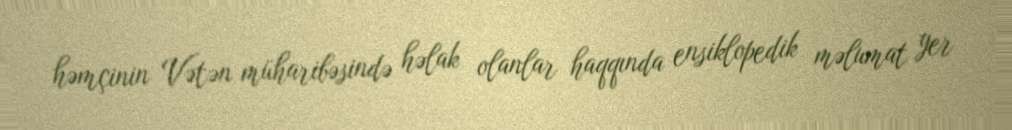
həmçinin Vətən müharibəsində həlak olanlar haqqında ensiklopedik məlumat yer